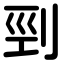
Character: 剄